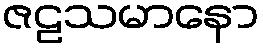
ဇဠသမာနော